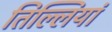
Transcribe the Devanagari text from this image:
तिल्लियां